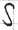
Text: S